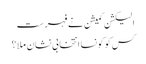
الیکشن کمیشن نے فہرست
کس کو کونسا انتخابی نشان ملا ؟